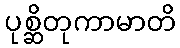
ပုစ္ဆိတုကာမာတိ